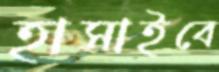
হাসাইবে